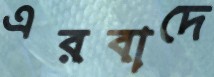
এরবাদে